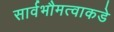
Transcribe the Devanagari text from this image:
सार्वभौमत्वाकडे